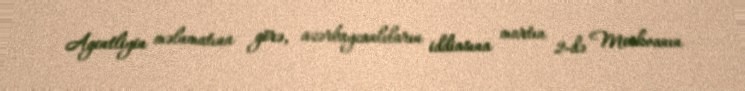
Agentliyin məlumatına görə, azərbaycanlıların iddiasına martın 2-də Moskvanın